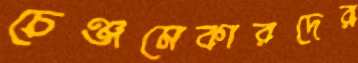
চেঞ্জমেকারদের